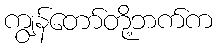
ကျွန်တော်တို့ဘက်က